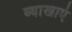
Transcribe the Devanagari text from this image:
व्याखाएं